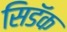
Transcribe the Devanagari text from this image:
सिडॅक